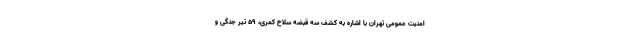
امنیت عمومی تهران با اشاره به کشف سه قبضه سلاح کمری، ۵۹ تیر جنگی و